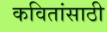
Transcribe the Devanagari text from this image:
कवितांसाठी